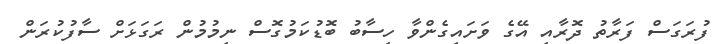
ފުރަގަސް ފަރާތު ދޮރާއި އޭގެ ވަށައިގެންވާ ހިސާބު ބޮޑުކަމުގޮސް ނިމުމުން ރަގަޅަށް ސާފުކުރަން